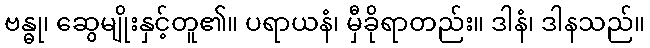
ဗန္ဓု၊ ဆွေမျိုးနှင့်တူ၏။ ပရာယနံ၊ မှီခိုရာတည်း။ ဒါနံ၊ ဒါနသည်။